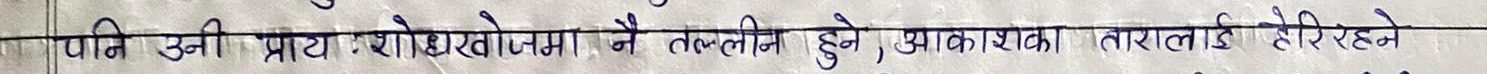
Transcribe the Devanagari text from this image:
पनि उनी प्रायः शोधखोजमा नै तल्लीन हुने, आकाशका तारालाई हेरिरहने